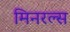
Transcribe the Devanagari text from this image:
मिनरल्‍स